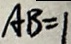
A B = 1